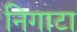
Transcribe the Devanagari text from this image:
निगाटा